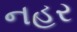
નહર